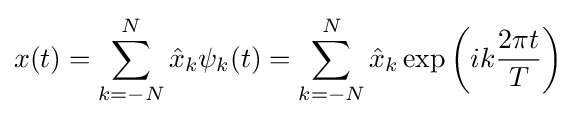
x(t)=\sum _{k=-N}^{N}{\hat {x}}_{k}\psi _{k}(t)=\sum _{k=-N}^{N}{\hat {x}}_{k}\exp \left(ik{\frac {2\pi t}{T}}\right)